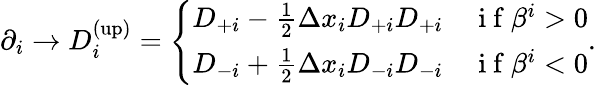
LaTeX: \begin{array}{r}{\partial_{i}\rightarrow D_{i}^{\mathrm{(up)}}=\left\{ \begin{array}{ll}{D_{+i}-\frac{1}{2}\Delta x_{i}D_{+i}D_{+i}}&{\mathrm{~i~f~}\beta^{i}>0}\\ {D_{-i}+\frac{1}{2}\Delta x_{i}D_{-i}D_{-i}}&{\mathrm{~i~f~}\beta^{i}<0}\end{array}\right..}\end{array}